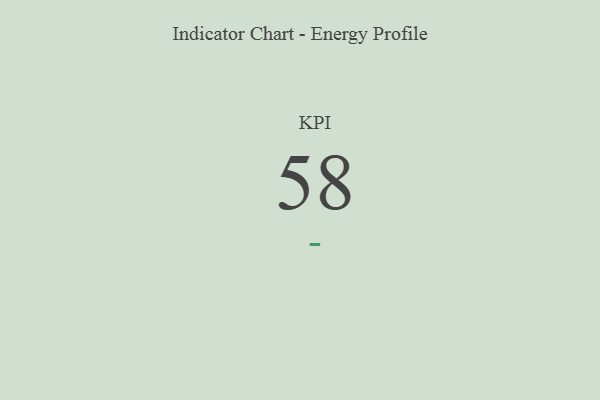
{"axis": {"x": "KPI", "y": "Value"}, "legend": [""], "data": [{"x": "KPI", "y": 58, "type": ""}]}